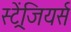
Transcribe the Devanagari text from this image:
स्ट्रेंजियर्स